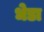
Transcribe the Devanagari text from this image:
धेडा